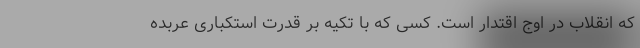
که انقلاب در اوج اقتدار است. کسی که با تکیه بر قدرت استکباری عربده